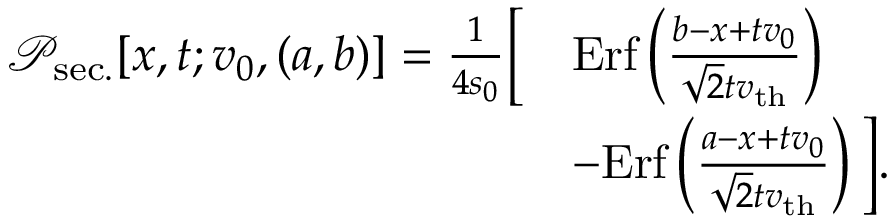
\begin{array} { r l } { \mathcal { P } _ { \mathrm { s e c . } } [ x , t ; v _ { 0 } , ( a , b ) ] = \frac { 1 } { 4 s _ { 0 } } \bigg [ } & { \mathrm { E r f } \left( \frac { b - x + t v _ { 0 } } { \sqrt { 2 } t v _ { \mathrm { t h } } } \right) } \\ & { - \mathrm { E r f } \left( \frac { a - x + t v _ { 0 } } { \sqrt { 2 } t v _ { \mathrm { t h } } } \right) \bigg ] . } \end{array}